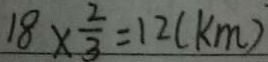
1 8 \times \frac { 2 } { 3 } = 1 2 ( k m )